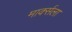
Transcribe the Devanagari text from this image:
मार्क्‍सला